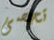
تحصى